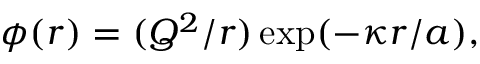
\phi ( r ) = ( Q ^ { 2 } / r ) \exp ( - \kappa r / a ) ,